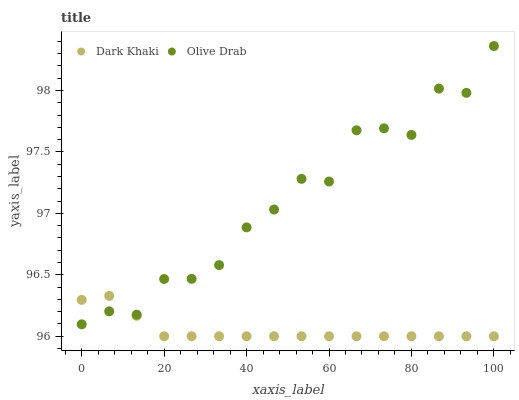
| xaxis_label | Dark Khaki | Olive Drab |
 | --- | --- | --- |
 | 0 | 96.3 | 96.1 |
 | 6.67 | 96.3 | 96.2 |
 | 13.3 | 96.2 | 96.2 |
 | 20 | 96 | 96.5 |
 | 26.7 | 96 | 96.5 |
 | 33.3 | 96 | 96.6 |
 | 40 | 96 | 96.9 |
 | 46.7 | 96 | 97 |
 | 53.3 | 96 | 97.3 |
 | 60 | 96 | 97.3 |
 | 66.7 | 96 | 97.7 |
 | 73.3 | 96 | 97.7 |
 | 80 | 96 | 97.6 |
 | 86.7 | 96 | 98 |
 | 93.3 | 96 | 98 |
 | 100 | 96 | 98.4 |